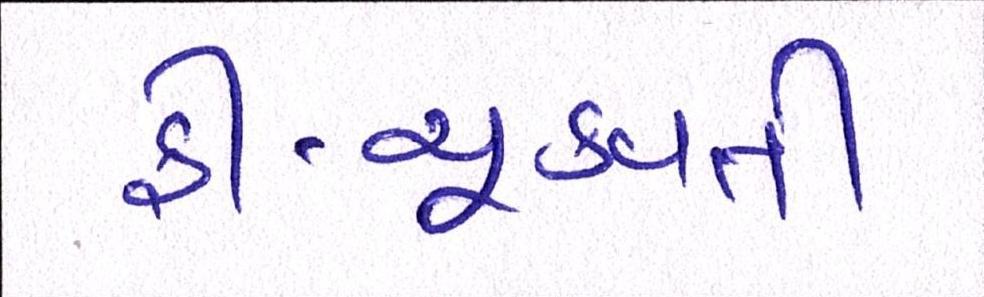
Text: ફી-ચૂકવતી